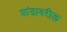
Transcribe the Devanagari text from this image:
प्रांतावरील